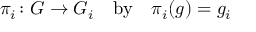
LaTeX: \pi _ { i } \colon G \to G _ { i } \quad \mathrm { b y } \quad \pi _ { i } ( g ) = g _ { i }